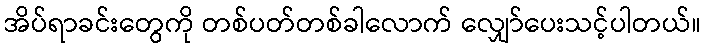
အိပ်ရာခင်းတွေကို တစ်ပတ်တစ်ခါလောက် လျှော်ပေးသင့်ပါတယ်။